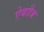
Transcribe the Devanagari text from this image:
ऐबडैब